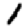
Digit: 1